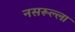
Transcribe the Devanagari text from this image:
नसरूल्ला